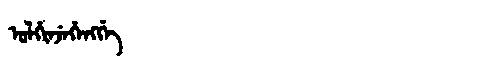
Manchu: ᡠᠯᡥᡳᠨᠵᡝᡥᡝᠩᡤᡝ
Romanization: ULHINJEHENGGE